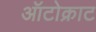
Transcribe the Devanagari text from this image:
ऑटोक्राट